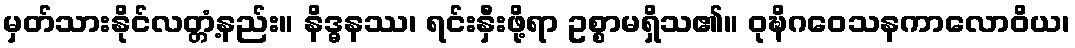
မှတ်သားနိုင်လတ္တံ့နည်း။ နိဒ္ဓနဿ၊ ရင်းနှီးဖို့ရာ ဥစ္စာမရှိသ၏။ ဝုဍ္ဎိဂဝေသနကာလောဝိယ၊